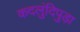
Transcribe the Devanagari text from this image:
कदलुंदिपुड़ा